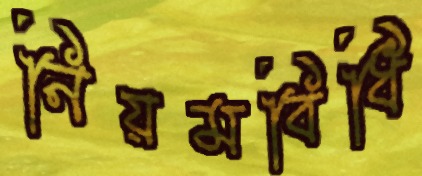
নিয়মবিধি